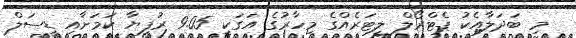
މި ބަދަލާއެކު ޕެޓްރޯލް ލީޓަރެއްގެ މިހާރުގެ އަގަކީ 9.05 ރުފިޔާ ކަމަށާއި ޑީސަލް